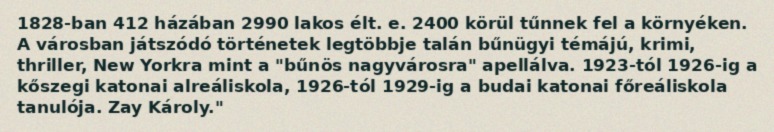
1828-ban 412 házában 2990 lakos élt. e. 2400 körül tűnnek fel a környéken. A városban játszódó történetek legtöbbje talán bűnügyi témájú, krimi, thriller, New Yorkra mint a "bűnös nagyvárosra" apellálva. 1923-tól 1926-ig a kőszegi katonai alreáliskola, 1926-tól 1929-ig a budai katonai főreáliskola tanulója. Zay Károly."